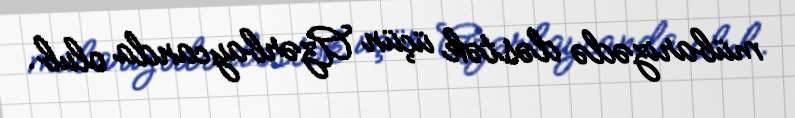
mübarizədə dəstək üçün Azərbaycanda olub.